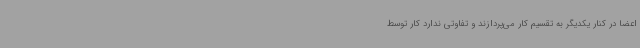
اعضا در کنار یکدیگر به تقسیم کار می‌پردازند و تفاوتی ندارد کار توسط